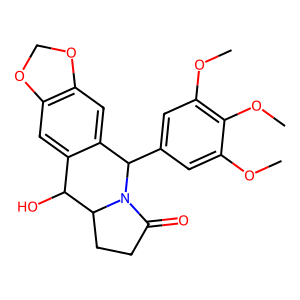
SMILES: COc1cc(C2c3cc4c(cc3C(O)C3CCC(=O)N23)OCO4)cc(OC)c1OC
Inhibits HIV replication: No